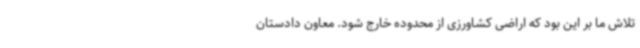
تلاش ما بر این بود که اراضی کشاورزی از محدوده خارج شود. معاون دادستان